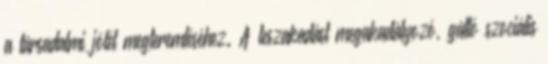
a társadalmi jólét megteremtéséhez. A leszakadást megakadályozó, gátló szociális